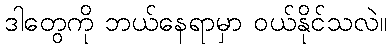
ဒါတွေကို ဘယ်နေရာမှာ ဝယ်နိုင်သလဲ။